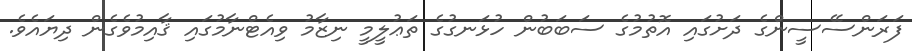
ފަރަންސޭސީންގެ ދަށުގައި އޮތުމުގެ ސަބަބުން ހުޅަނގުގެ ތަޢުލީމީ ނިޒާމު ވިއެޓްނާމުގައި ޤާއިމުވެގެން ދިޔައެވެ.